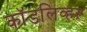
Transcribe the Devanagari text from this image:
कॉडलिव्हर